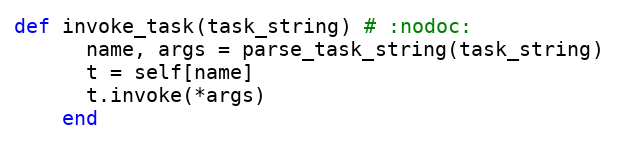
Language: Ruby
def invoke_task(task_string) # :nodoc:
      name, args = parse_task_string(task_string)
      t = self[name]
      t.invoke(*args)
    end